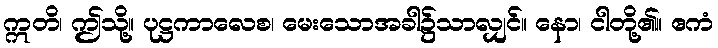
ဣတိ၊ ဤသို့။ ပုဋ္ဌကာလေစ၊ မေးသောအခါ၌သာလျှင်။ နော၊ ငါတို့၏။ ဧကံ